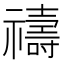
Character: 禱